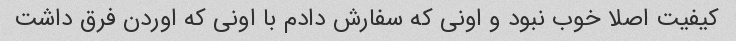
کیفیت اصلا خوب نبود و اونی که سفارش دادم با اونی که اوردن فرق داشت